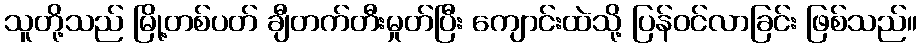
သူတို့သည် မြို့တစ်ပတ် ချီတက်တီးမှုတ်ပြီး ကျောင်းထဲသို့ ပြန်ဝင်လာခြင်း ဖြစ်သည်။